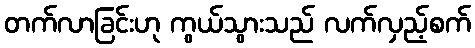
တက်လာခြင်းဟု ကွယ်သွားသည် လက်လှည့်စက်